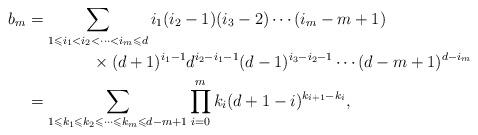
LaTeX: \begin{align*}b_m&=\sum_{1\leqslant i_1<i_2<\cdots <i_m\leqslant d}i_1(i_2-1)(i_3-2)\cdots (i_m-m+1)\\&\qquad\qquad{}\times(d+1)^{i_1-1}d^{i_2-i_1-1}(d-1)^{i_3-i_2-1}\cdots (d-m+1)^{d-i_m} \\&=\sum_{1\leqslant k_1\leqslant k_2\leqslant\cdots\leqslant k_m\leqslant d-m+1}\prod_{i=0}^{m} k_{i}(d+1-i)^{k_{i+1}-k_{i}},\end{align*}